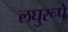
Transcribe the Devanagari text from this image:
लघुरूपे